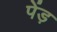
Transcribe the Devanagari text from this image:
पेंड़